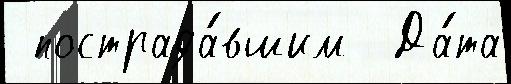
 пострада́вшим  Да́та